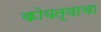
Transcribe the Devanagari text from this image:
कोयत्याचा